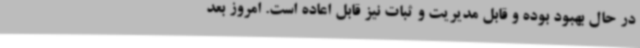
در حال بهبود بوده و قابل مدیریت و ثبات نیز قابل اعاده است. امروز بعد